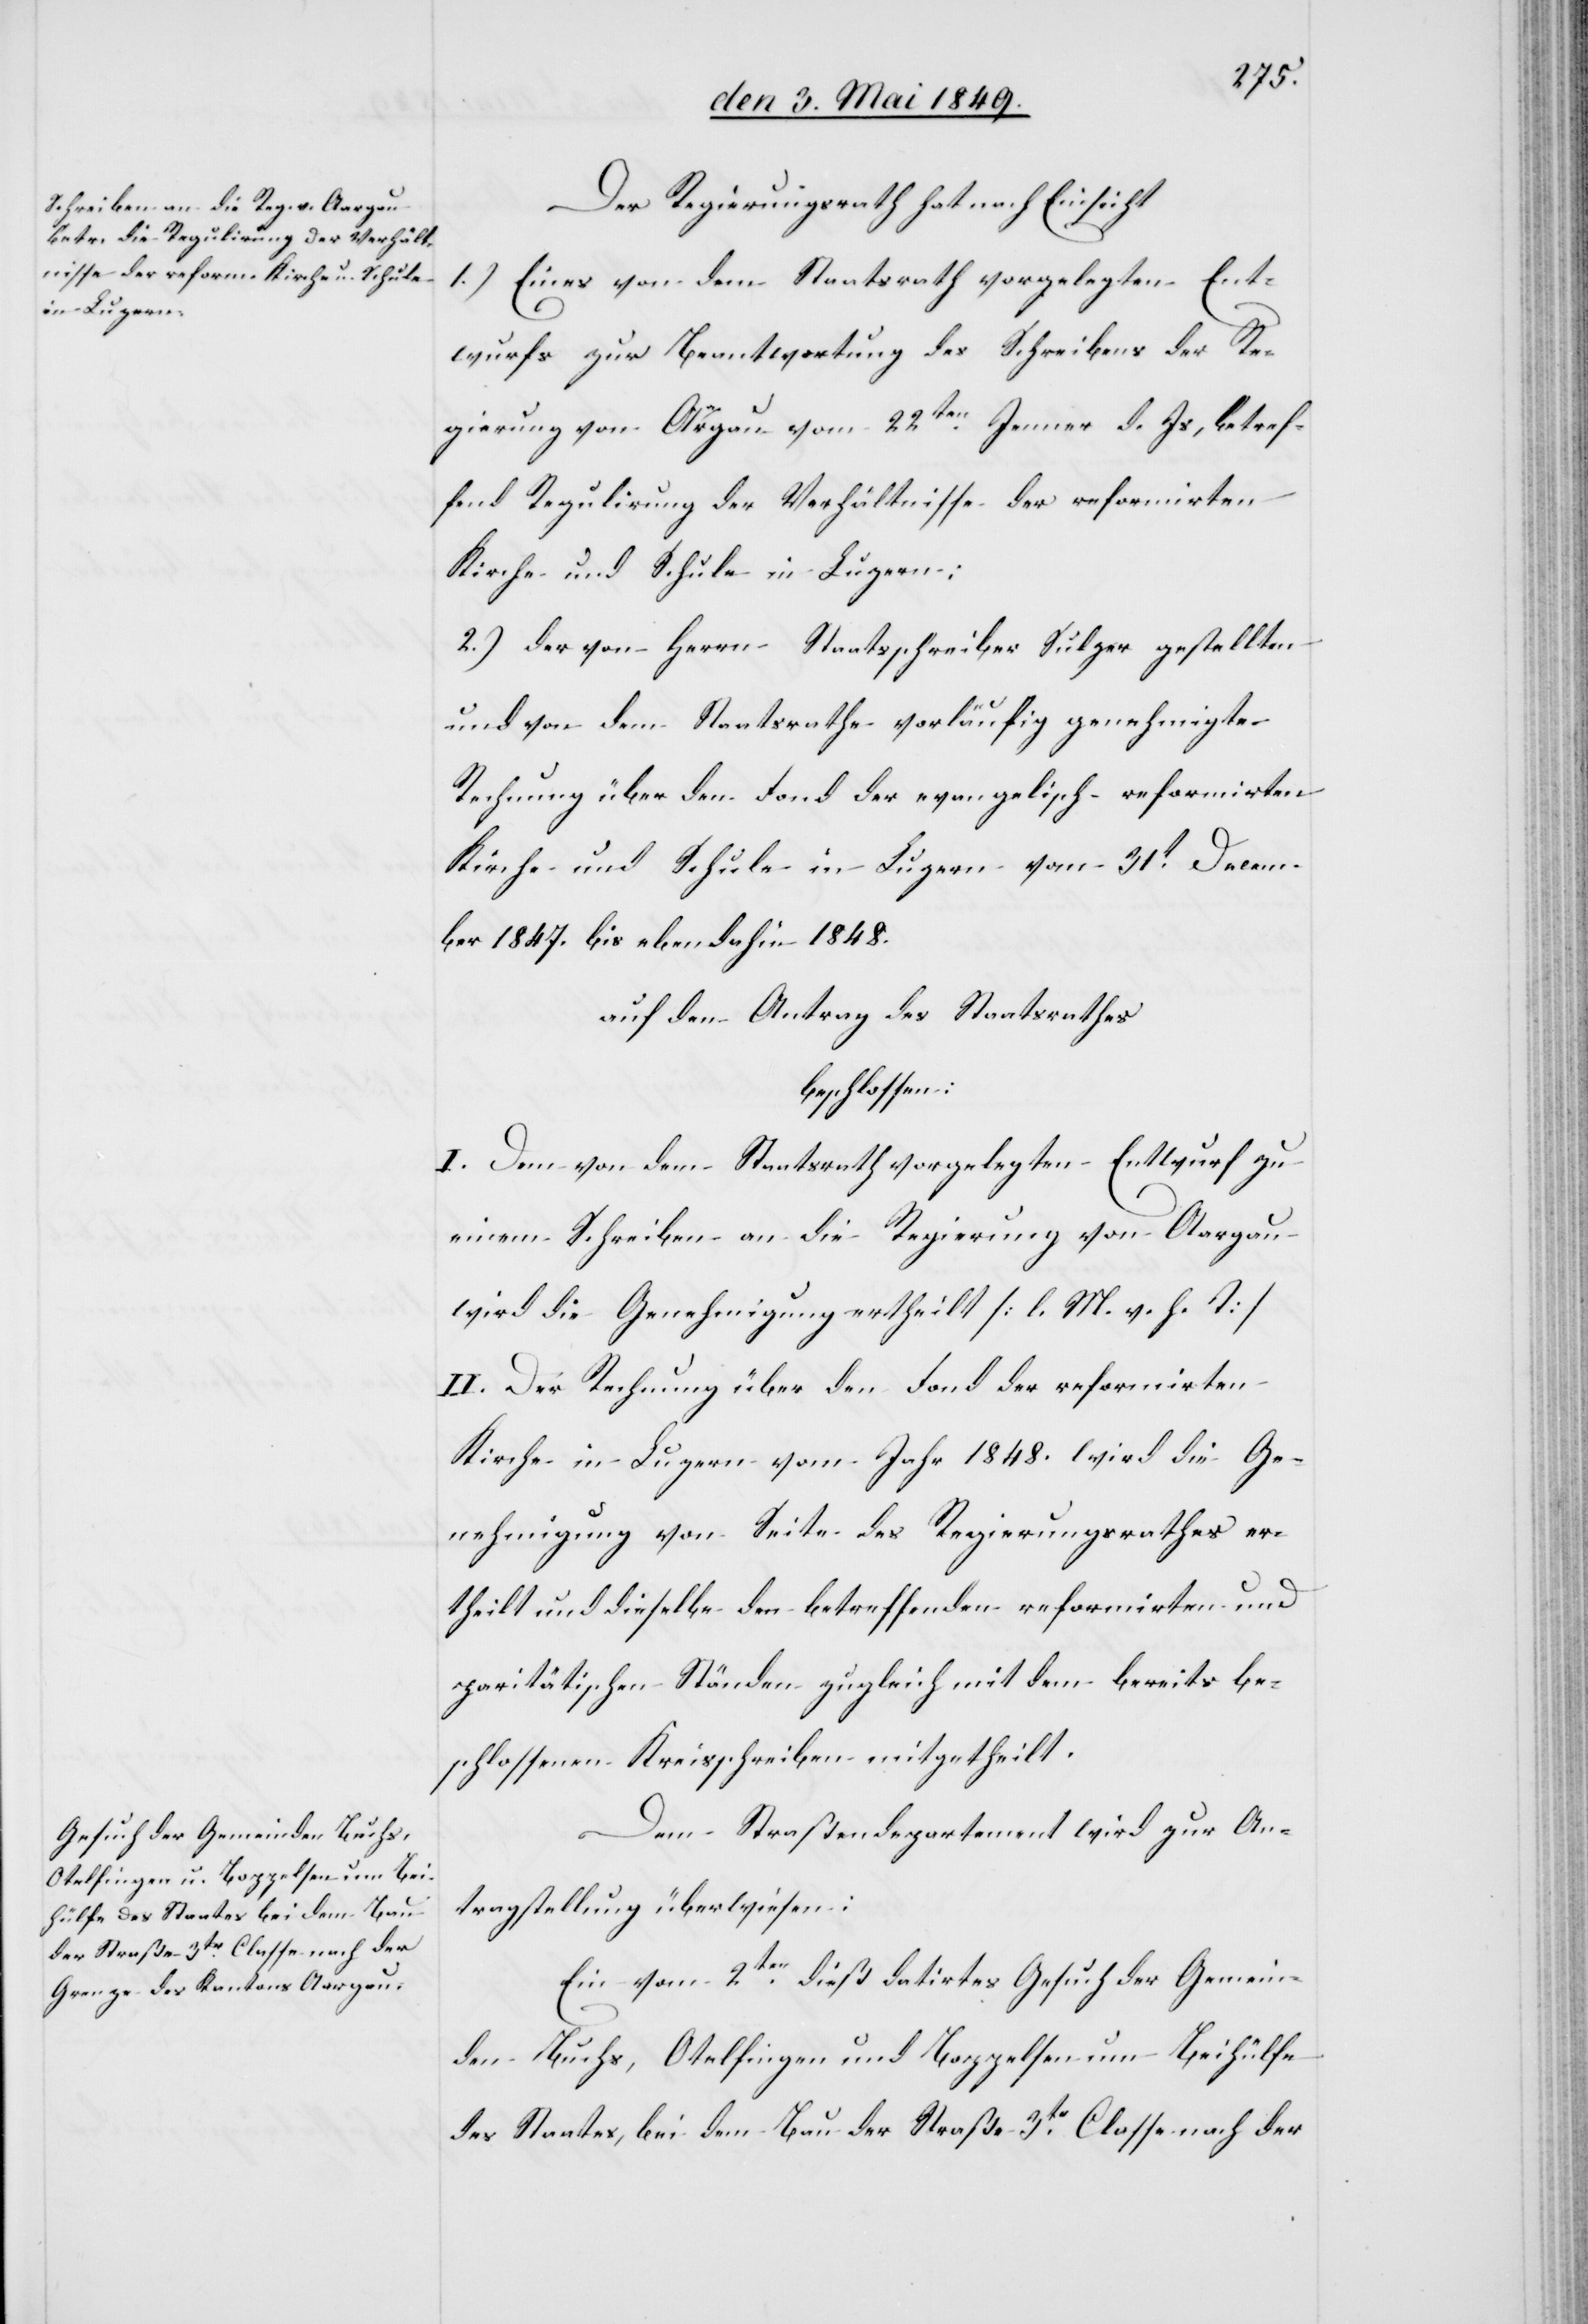
den 8t Mai 1849.]
Der Regierungsrath hat nach Einsicht
1.) Eines von dem Staatsrath vorgelegten Ent¬
wurfs zur Beantwortung des Schreibens der Re¬
gierung von Aargau vom 22ten Jenner d. Js, betref¬
fend Regulirung der Verhältnisse der reformirten
Kirche und Schule in Luzern:
2.) der von Herrn Staatsschreiber Sulzer gestellten
und von dem Staatsrathe vorläufig genehmigten
Rechnung über den Fond der evangelisch reformirten
Kirche und Schule in Luzern vom 31t Decem¬
ber 1847. bis ebendahin 1848.
auf den Antrag des Staatsrathes
beschlossen:
I. Dem von dem Staatsrath vorgelegten Entwurf zu
einem Schreiben an die Regierung von Aargau
wird die Genehmigung ertheilt [l. M. h. T]
II. Der Rechnung über den Fond der reformirten
Kirche in Luzern vom Jahr 1848. wird die Ge¬
nehmigung von Seite des Regierungsrathes er¬
theilt und dieselbe den betreffenden reformirten und
paritätischen Ständen zugleich mit dem bereits be¬
schlossenen Kreisschreiben mitgetheilt.
Dem Straßendepartement wird zur An¬
tragstellung überwiesen:
Ein vom 2ten dieß datirtes Gesuch der Gemein¬
den Buchs, Otelfingen und Boppelsen um Beihülfe
des Staates, bei dem Bau der Straße 3tr Classe nach der